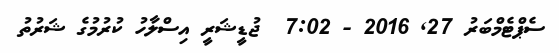
ސެޕްޓެމްބަރު 27